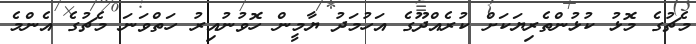
މެޗުގެ މޮޅު ކުޅުންތެރިޔަކަށް ކުރެއްދޫގެ އަހުމަދު ޔާމީން ހޮވުނުއިރު ހަތްވަނަ މެޗުގެ އެންމެ